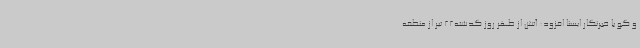
و گو با خبرنگار ایسنا افزود: آتش از ظهر روز گذشته22 تیر از منطقه